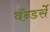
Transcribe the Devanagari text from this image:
वॅन्डर्से